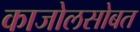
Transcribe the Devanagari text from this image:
काजोलसोबत